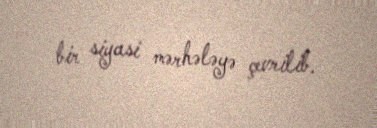
bir siyasi mərhələyə çevrilib.